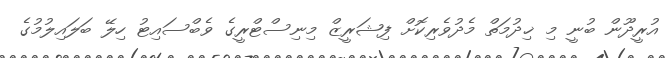
އުރީދޫން ބުނީ މި ޚިދުމަތް މެދުވެރިކޮށް ފިޝަރީޒް މިނިސްޓްރީގެ ވެބްސައިޓު ހިލޭ ބަލައިލުމުގެ